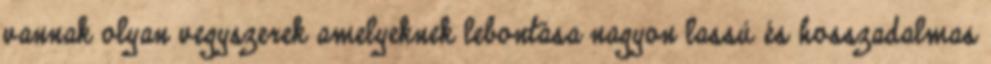
vannak olyan vegyszerek amelyeknek lebontása nagyon lassú és hosszadalmas